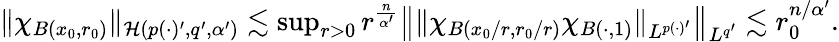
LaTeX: \begin{array}{r}{\| \chi_{B(x_{0},r_{0})}\| _{\mathcal{H}(p(\cdot)^{\prime},q^{\prime},\alpha^{\prime})}\lesssim\operatorname*{sup}_{r>0}r^{\frac{n}{\alpha^{\prime}}}\left\| \| \chi_{B(x_{0}/r,r_{0}/r)}\chi_{B(\cdot,1)}\| _{L^{p(\cdot)^{\prime}}}\right\| _{L^{q^{\prime}}}\lesssim r_{0}^{n/\alpha^{\prime}}.}\end{array}